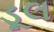
ડૂલ